Report on the bubonic plague in Bombay, 1896-1897
Year: 1896
Disease focus: Plague
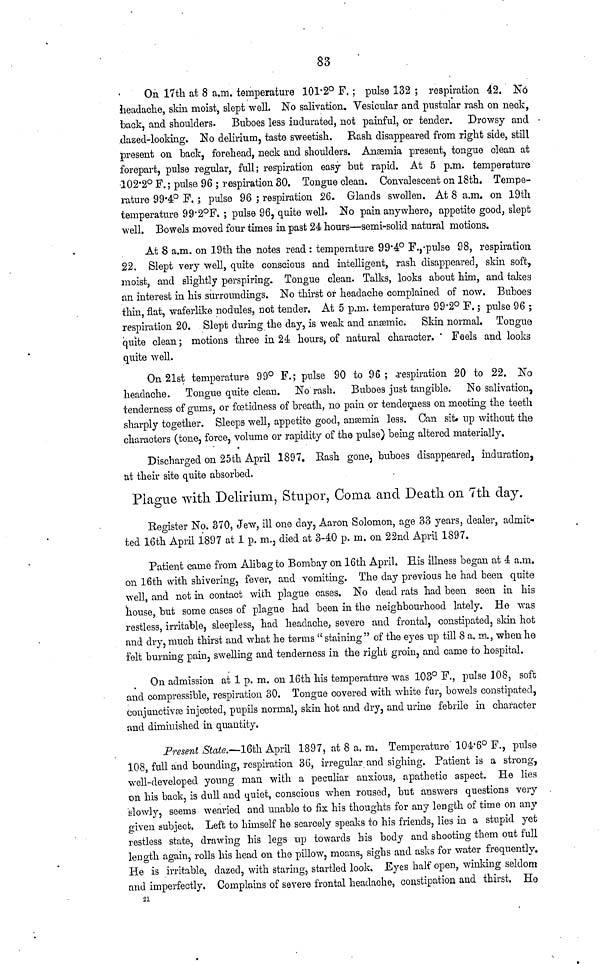
83
On 17th at 8 a.m. temperature 101.2° F.; pulse 132 ; respiration 42. No
headache, skin moist, slept well. No salivation. Vesicular and pustular rash on neck,
back, and shoulders. Buboes less indurated, not painful, or tender. Drowsy and
dazed-looking. No delirium, taste sweetish. Rash disappeared from right side, still
present on back, forehead, neck and shoulders. Anæmia present, tongue clean at
forepart, pulse regular, full; respiration easy but rapid. At 5 p.m. temperature
102.2° F.; pulse 96 ; respiration 30. Tongue clean. Convalescent on 18th. Tempe-
rature 99·4° F. ; pulse 96 ; respiration 26. Glands swollen. At 8 a.m. on 19th
temperature 99.2°F.; pulse 96, quite well. No pain anywhere, appetite good, slept
well. Bowels moved four times in past 24 hours—semi-solid natural motions.
At 8 a.m. on 19th the notes read : temperature 99.4° F., pulse 98, respiration
22. Slept very well, quite conscious and intelligent, rash disappeared, skin soft,
moist, and slightly perspiring. Tongue clean. Talks, looks about him, and takes
an interest in his surroundings. No thirst or headache complained of now. Buboes
thin, flat, waferlike nodules, not tender. At 5 p.m. temperature 99.2° F. ; pulse 96 ;
respiration 20. Slept during the day, is weak and anæmic. Skin normal. Tongue
quite clean ; motions three in 24 hours, of natural character.
Feels and looks
quite well.
On 21st temperature 99° F.; pulse 90 to 96; respiration 20 to 22. No
headache. Tongue quite clean. No rash. Buboes just tangible. No salivation,
tenderness of gums, or fetidness of breath, no pain or tenderness on meeting the teeth
sharply together. Sleeps well, appetite good, anæmia less. Can sit up without the
characters (tone, force, volume or rapidity of the pulse) being altered materially.
Discharged on 25th April 1897. Bash gone, buboes disappeared, induration,
at their site quite absorbed.
Plague with Delirium, Stupor, Coma and Death on 7th day.
Register No. 370, Jew, ill one clay, Aaron Solomon, age 33 years, dealer, admit-
ted 16th April 1897 at 1 p. m., died at 3-40 p. m. on 22nd April 1897.
Patient came from Alibag to Bombay on 16th April. His illness began at 4 a.m.
on 16th with shivering, fever, and vomiting. The day previous he had been quite
well, and not in contact with plague cases. No dead rats had been seen in his
house, but some cases of plague had been in the neighbourhood lately. He was
restless, irritable, sleepless, had headache, severe and frontal, constipated, skin hot
and dry, much thirst and what he terms "staining" of the eyes up till 8 a. m., when he
felt burning pain, swelling and tenderness in the right groin, and came to hospital.
On admission at 1 p. m. on 16th his temperature was 103° F., pulse 108, soft
and compressible, respiration 30. Tongue covered with white fur, bowels constipated,
conjunctivæ injected, pupils normal, skin hot and dry, and urine febrile in character
and diminished in quantity.
Present State.—16th April 1897, at 8 a. m. Temperature 104.6° F., pulse
108, full and bounding, respiration 36, irregular and sighing. Patient is a strong,
well-developed young man with a peculiar anxious, apathetic aspect. He lies
on his back, is dull and quiet, conscious when roused, but answers questions very
slowly, seems wearied and unable to fix his thoughts for any length of time on any-
given subject. Left to himself he scarcely speaks to his friends, lies in a stupid yet
restless state, drawing his legs up towards his body and shooting them out full
length again, rolls his head on the pillow, moans, sighs and asks for water frequently.
He is irritable, dazed, with staring, startled look. Eyes half open, winking seldom
and imperfectly. Complains of severe frontal headache, constipation and thirst. He
21